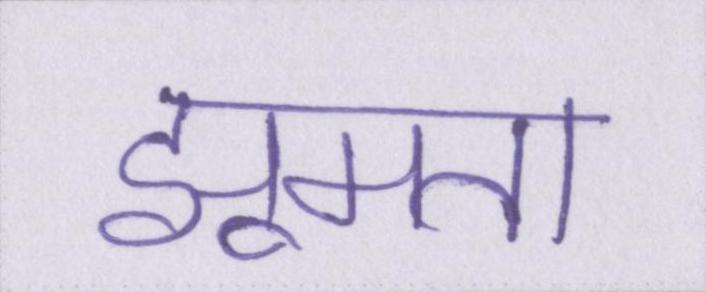
झूमता